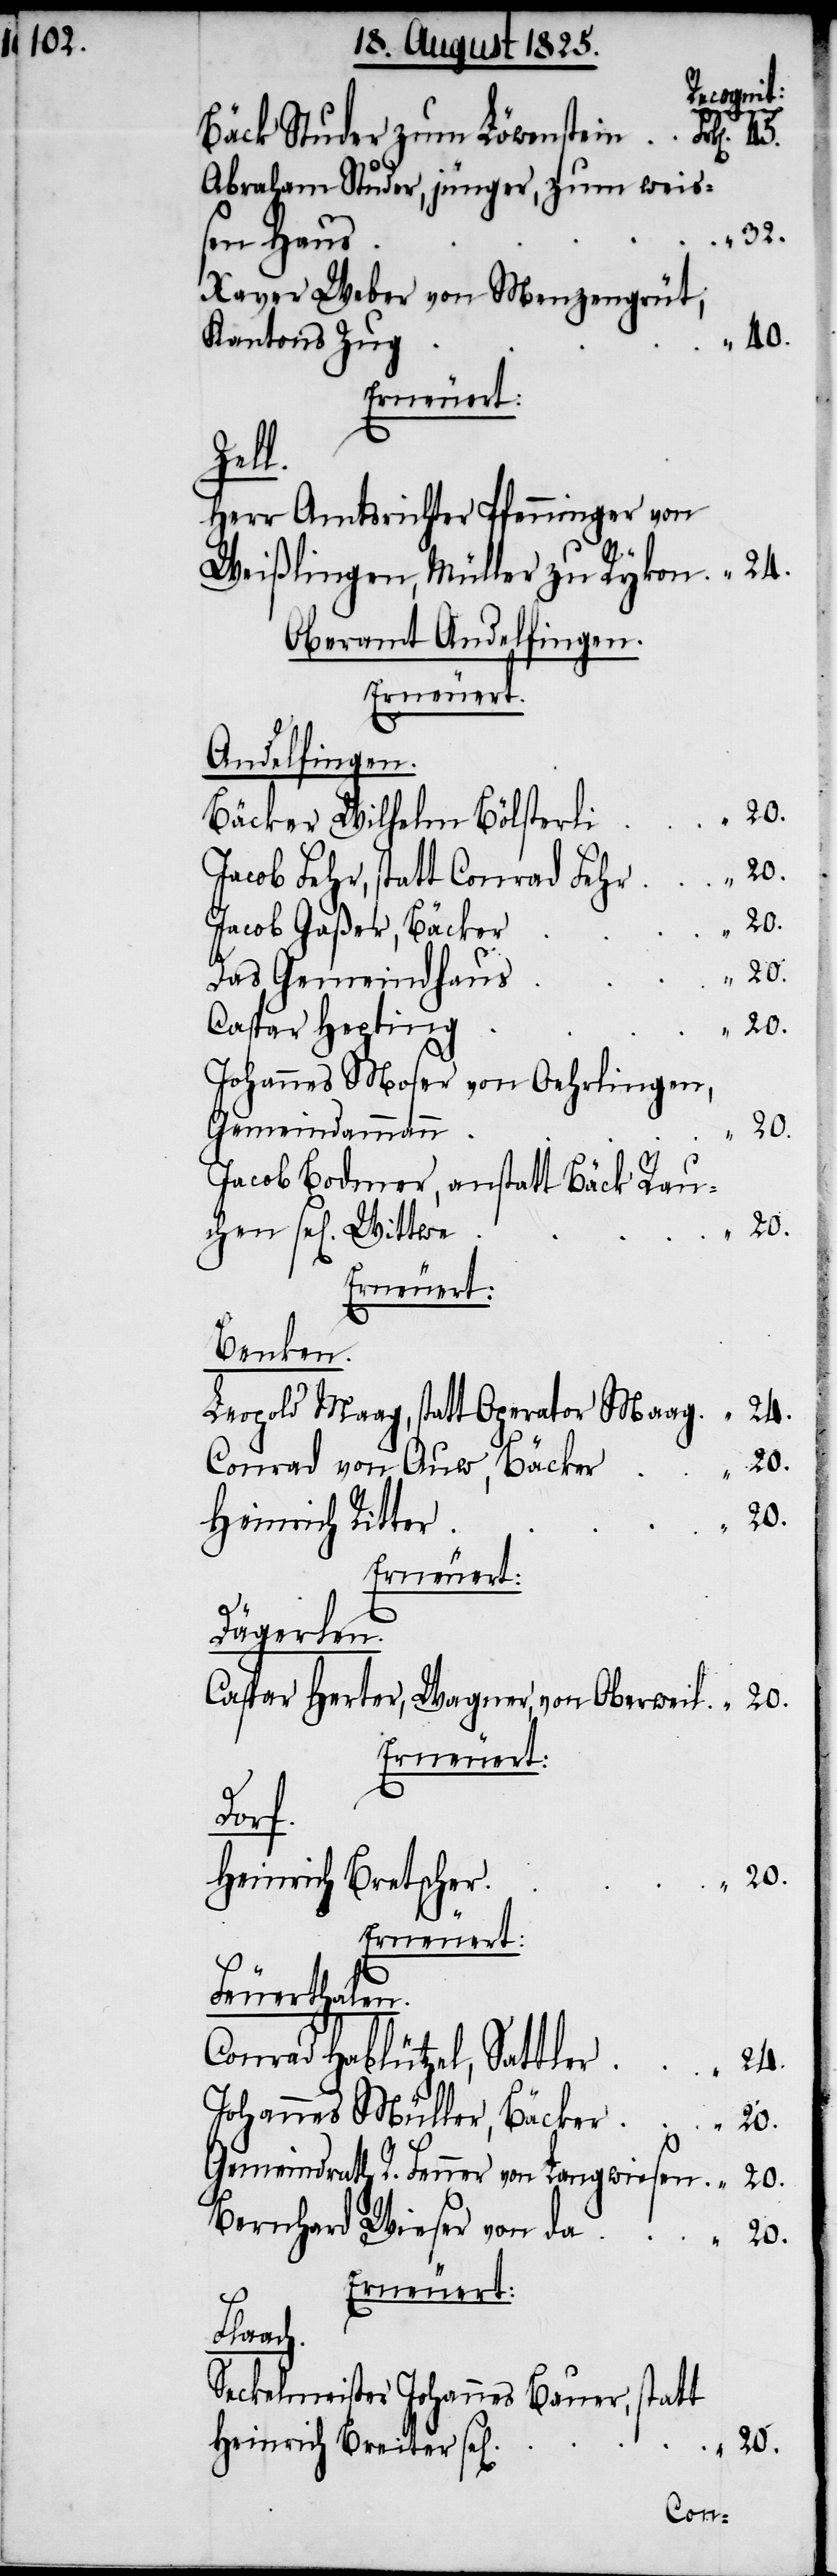
Recognit:
Bäck Studer zum Löwenstein	Frk[en].
Abraham Studer, jünger, zum weis¬
Xaver Weber von Menzengreut;
Erneuert:
Zell.
Herr Amtsrichter Pfenninger von
Oberamt Andelfingen.
Erneuert:
Andelfingen.
Bäcker Wilhelm Bölsterl¬
r	“	20.
Jacob Fehr, statt Conrad Feh¬
Jacob Gaßer, Bäcke¬
Das Gemeindhau¬
Johannes Moser von Oehrlingen,
Gemeindamman¬
45.
Jacob Bodmer, anstatt Bäck Rau¬
Erneuert:
Benken.
Leopold Maag, statt Operator Maag	“	24.
Conrad von Auw, Bäcke¬
Heinrich Ritte¬
Dägerlen
Caspar Herter, Wagner, von Oberweil	“	20.
Erneuert:
Dorf.
Heinrich Breiter
chen
Feuerthalen.
Conrad Hablützel, Sattler	“	24.
Johannes Müller, Bäcker	“	20.
Gemeindrath R. Fenner von Langwiesen	“	20.
Bernhard Wieser von
Erneuert:
Flaach.
Seckelmeister Johannes Bauer, statt